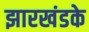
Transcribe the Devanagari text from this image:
झारखंडके